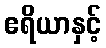
ဧရိယာနှင့်